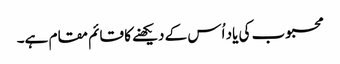
محبوب کی یاد اُس کے دیکھنے کا قائم مقام ہے۔